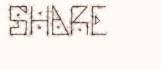
SHARE